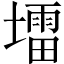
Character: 𪤠